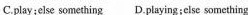
C.play;else something D.Pluying;clse something